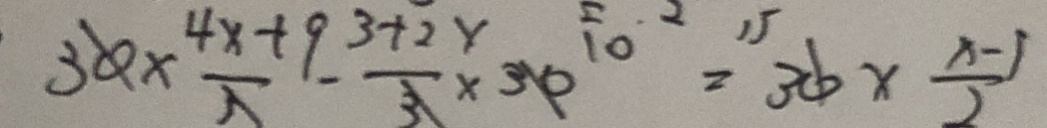
3 0 \times \frac { 4 x + 9 } { 3 } - \frac { 3 + 2 x } { 3 } \times 3 0 = 3 0 \times \frac { x - 1 } { 2 }